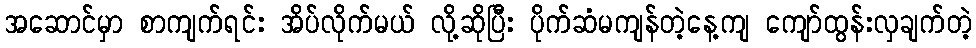
အဆောင်မှာ စာကျက်ရင်း အိပ်လိုက်မယ် လို့ဆိုပြီး ပိုက်ဆံမကျန်တဲ့နေ့ကျ ကျော်ထွန်းလှချက်တဲ့